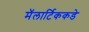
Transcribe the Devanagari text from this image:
मॅलार्टिककडे